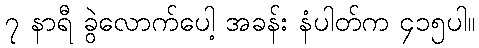
၇ နာရီ ခွဲလောက်ပေါ့ အခန်း နံပါတ်က ၄၁၅ပါ။